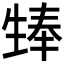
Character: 𪽃